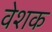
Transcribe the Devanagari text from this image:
वेशक